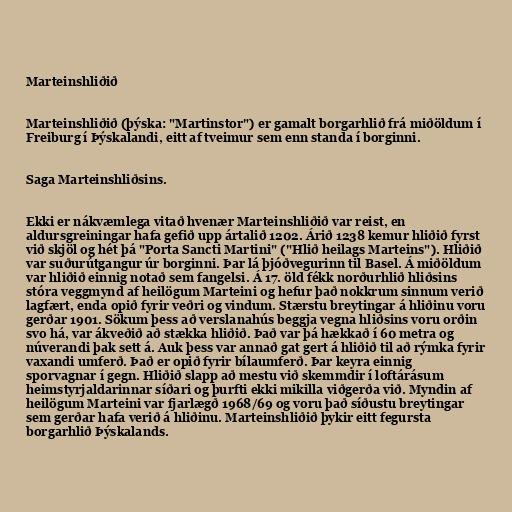
Marteinshliðið

Marteinshliðið (þýska: "Martinstor") er gamalt borgarhlið frá miðöldum í
Freiburg í Þýskalandi, eitt af tveimur sem enn standa í borginni.

Saga Marteinshliðsins.

Ekki er nákvæmlega vitað hvenær Marteinshliðið var reist, en
aldursgreiningar hafa gefið upp ártalið 1202. Árið 1238 kemur hliðið fyrst
við skjöl og hét þá "Porta Sancti Martini" ("Hlið heilags Marteins"). Hliðið
var suðurútgangur úr borginni. Þar lá þjóðvegurinn til Basel. Á miðöldum
var hliðið einnig notað sem fangelsi. Á 17. öld fékk norðurhlið hliðsins
stóra veggmynd af heilögum Marteini og hefur það nokkrum sinnum verið
lagfært, enda opið fyrir veðri og vindum. Stærstu breytingar á hliðinu voru
gerðar 1901. Sökum þess að verslanahús beggja vegna hliðsins voru orðin
svo há, var ákveðið að stækka hliðið. Það var þá hækkað í 60 metra og
núverandi þak sett á. Auk þess var annað gat gert á hliðið til að rýmka fyrir
vaxandi umferð. Það er opið fyrir bílaumferð. Þar keyra einnig
sporvagnar í gegn. Hliðið slapp að mestu við skemmdir í loftárásum
heimstyrjaldarinnar síðari og þurfti ekki mikilla viðgerða við. Myndin af
heilögum Marteini var fjarlægð 1968/69 og voru það síðustu breytingar
sem gerðar hafa verið á hliðinu. Marteinshliðið þykir eitt fegursta
borgarhlið Þýskalands.